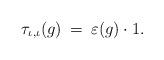
LaTeX: \begin{align*}\tau_{\iota , \iota} (g) \: = \: \varepsilon (g) \cdot 1.\end{align*}